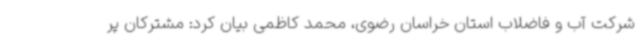
شرکت آب و فاضلاب استان خراسان رضوی، محمد کاظمی بیان کرد: مشترکان پر